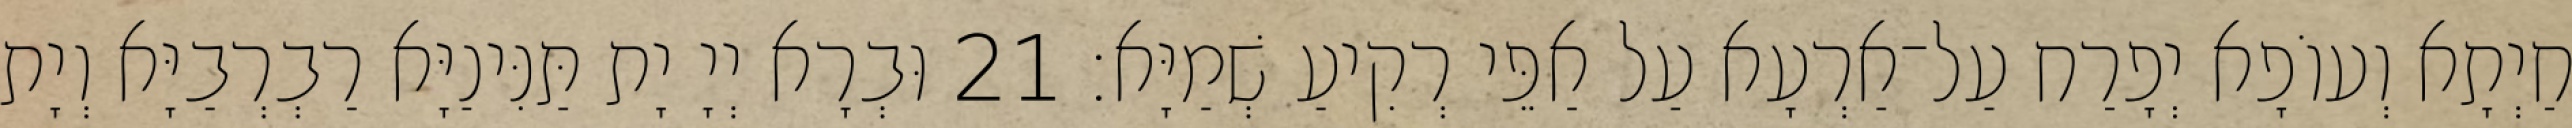
חַיְתָא וְעוֹפָא יְפָרַח עַל־אַרְעָא עַל אַפֵּי רְקִיעַ שְׁמַיָּא׃ 21 וּבְרָא יְיָ יָת תַּנִּינַיָּא רַבְרְבַיָּא וְיָת